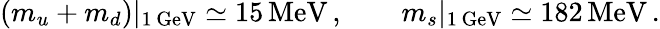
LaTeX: (m_{u}+m_{d})\vert_{1\, \mathrm{GeV}}\simeq 15\, \mathrm{MeV}\, ,\qquad m_{s}\vert_{1\, \mathrm{GeV}}\simeq 182\, \mathrm{MeV}\, .